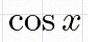
\cos x